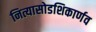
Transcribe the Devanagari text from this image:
नित्यासोडशिकार्णव